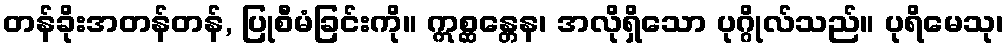
တန်ခိုးအတန်တန်, ပြုစီမံခြင်းကို။ ဣစ္ဆန္တေန၊ အလိုရှိသော ပုဂ္ဂိုလ်သည်။ ပုရိမေသု၊